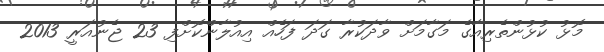
މޮޅު ކުޅުންތެރިއާގެ މަގާމަށް ވާދަކުރާ ގަދަ ފަހެއް އިއުލާންކޮށްފި 23 ޖެނުއަރީ 2013